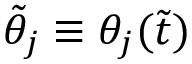
\tilde { \theta } _ { j } \equiv \theta _ { j } ( \tilde { t } )